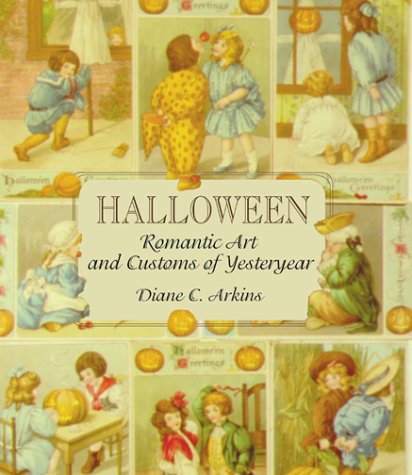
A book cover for Halloween Romantic Art and Customs of Yesteryear; Diane Arkins; Crafts, Hobbies & Home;